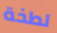
لطخة